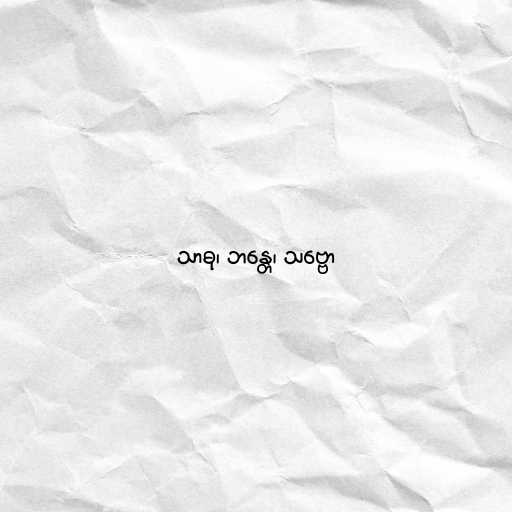
သာဓု၊ ဘန္တေ၊ သဗ္ဗော